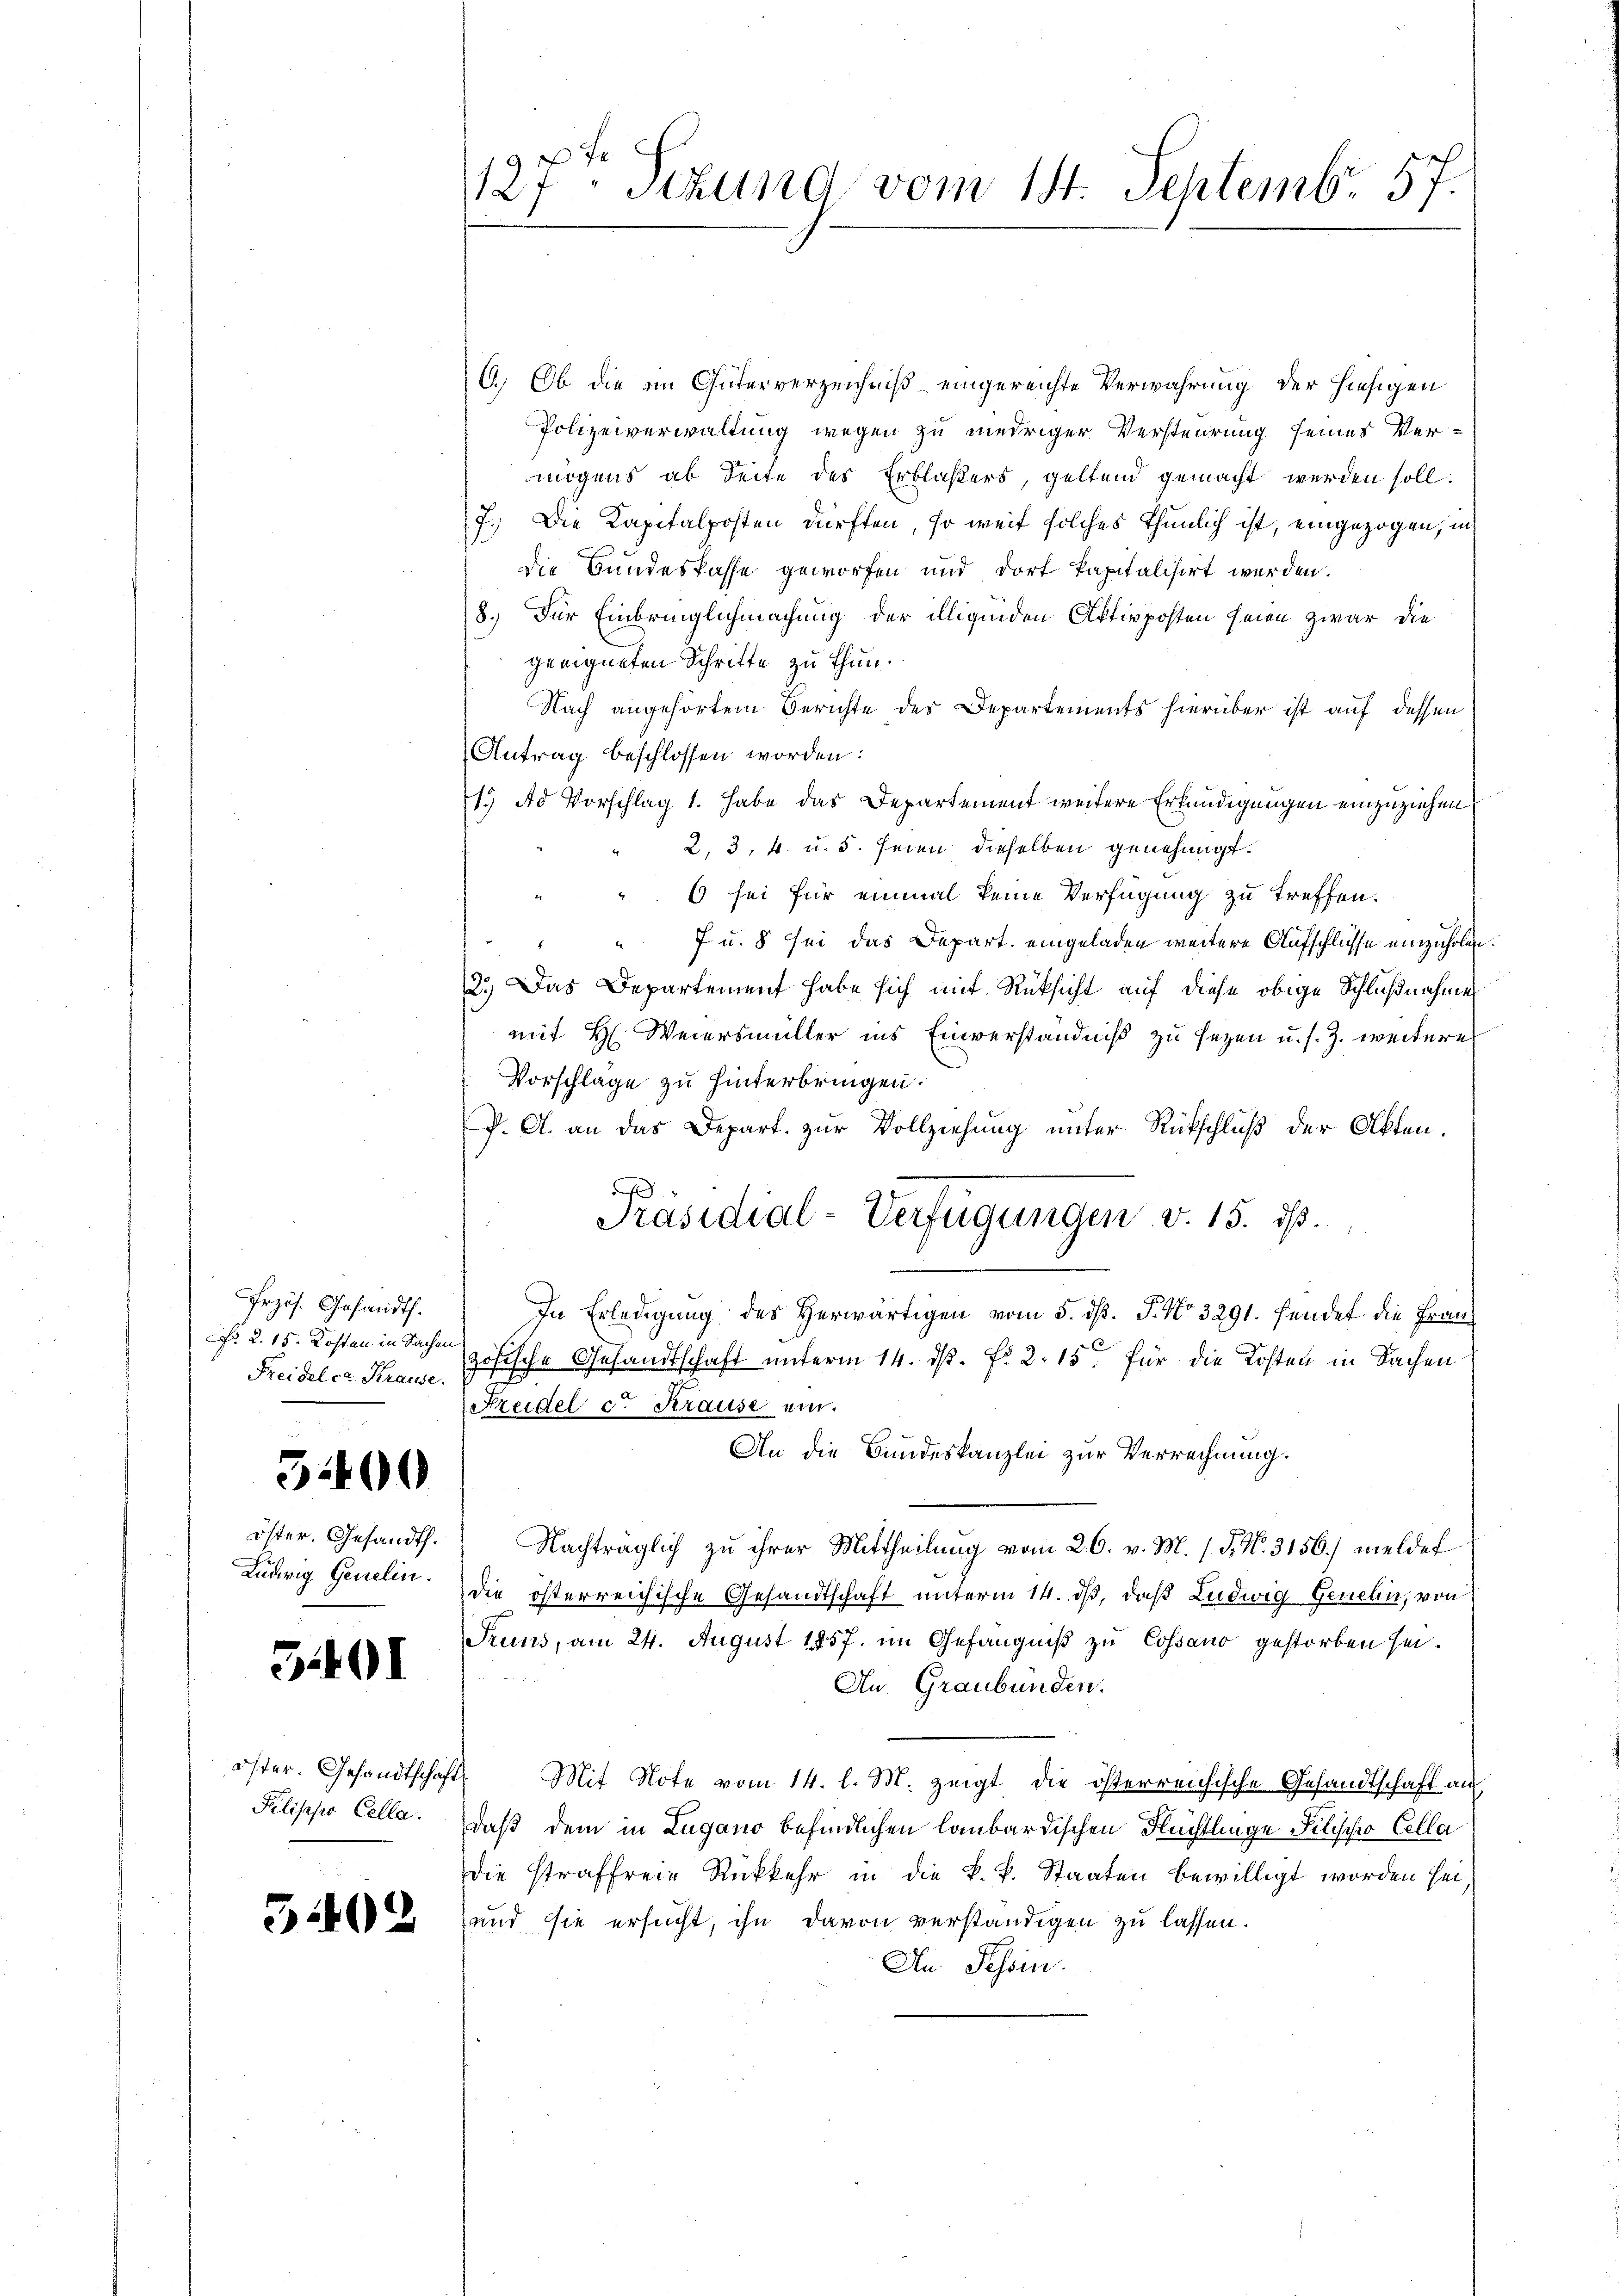
Przös. Gesandt.
No 2. 15. Kosten in Sachen
Freidel ca. Krause.

3400

öster. Gesandth.
Ludwig Genelin.

5401

Pilischer Cella.

5402

127. Sizung vom 14. Septemb. 57.

6.) Ob die im Güterverzeichniß eingereichte Verwahrung der hiesigen
Polizeiverwaltung wegen zu niedriger Versteurung seines Ver-
mögens ab Seite des Erblasers, geltend gemacht werden soll.
7.) Die Kapitalposten dürften, so weit solches thunlich ist, eingezogen, in
Die Bundeskasse geworfen und dort kapitalisiert werden.
8.) Für Einbringlichmachung der illigenden Aktivposten seien zwar die
geeigneten Schritte zu thun.
Nach angehörtem Berichte des Departements hierüber ist auf dessen
Antrag beschlossen worden:
1. Ad Vorschlag 1. habe das Departement weitere Erkundigungen einzuziehen
2, 3, 4. u. 5. seien dieselben genehmigt.
6 sei für einmal keine Verfügung zu treffen.
d
7 u. 8 sei das Depart. eingeladen weitere Aufschlüsse einzuholen
2.) Das Departement habe sich mit Rücksicht auf diese obige Schlußnahme
mit H. Weiersmüller ins Einverständniß zu sezen u. s. Z. weitere
Vorschlage zu hinterbringen.
P. A. an das Depart. zur Vollziehung unter Rückschluß der Akten.
0
Präsidial-Verfügungen v. 15. ds.
In Erledigung des Herwärtigen vom 5. dß. P. No 3291. Hendet die Französische Gesandtschaft unterm 14. ds. f. 2. 15. für die Kosten in Sachen
Freidel cr Krause ein.
An die Bundeskanzlei zur Verrechnung.
Nachträglich zu ihrer Mittheilung vom 26. v. M. (T. N. 3156.) meldet
die österreichische Gesandtschaft unterm 14. ds, daß Ludwig Genelin, von
Pruns, am 24. August 1857. im Gefängniß zu Cossano gestorben sei.
Au. Graubünden.
öster. Gesandtschaft. Mit Note vom 14. l. M. zeigt die österreichische Gesandtschaft au
daß dem in Lugano befindlichen laubardischen Flüchtlinge Filische Cella
die straffreie Rückkehr in die k. k. Staaten bewilligt worden sei,
und, sie ersucht, ihn davon verständigen zu lassen.
An Tessin.